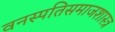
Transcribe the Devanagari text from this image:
वनस्पतिसमाजशास्त्र